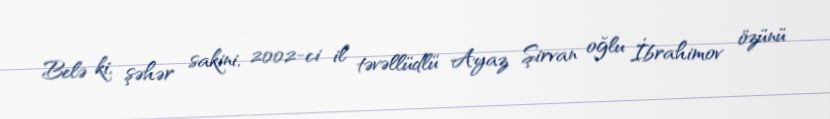
Belə ki, şəhər sakini, 2002-ci il təvəllüdlü Ayaz Şirvan oğlu İbrahimov özünü